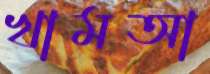
খামআ